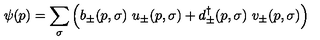
\psi ( p ) = \sum _ { \sigma } \left( b _ { \pm } ( p , \sigma ) \ u _ { \pm } ( p , \sigma ) + d _ { \pm } ^ { \dagger } ( p , \sigma ) \ v _ { \pm } ( p , \sigma ) \right)